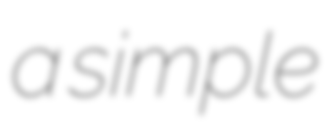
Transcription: a simple